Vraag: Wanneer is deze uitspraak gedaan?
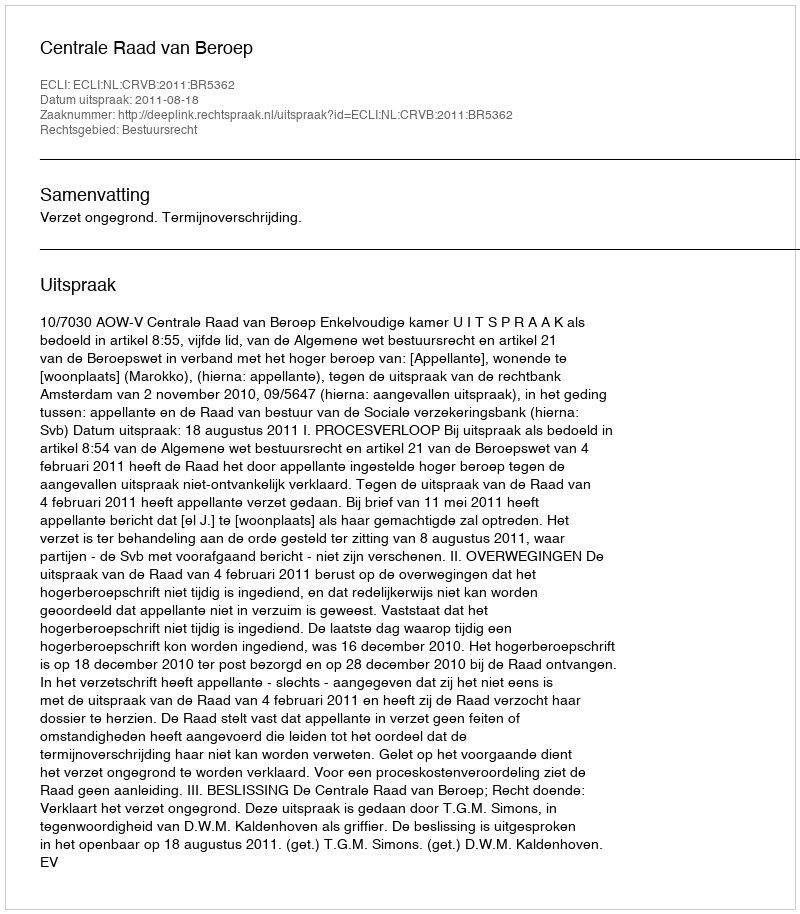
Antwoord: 2011-08-18